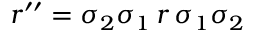
r ^ { \prime \prime } = \sigma _ { 2 } \sigma _ { 1 } \, r \, \sigma _ { 1 } \sigma _ { 2 }